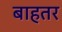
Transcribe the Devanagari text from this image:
बाहतर